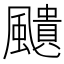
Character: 𩘺